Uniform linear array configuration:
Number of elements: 4
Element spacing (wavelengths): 0.5
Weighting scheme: blackman
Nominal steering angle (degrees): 45
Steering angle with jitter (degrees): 43.604
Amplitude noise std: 0.05
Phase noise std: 0.05

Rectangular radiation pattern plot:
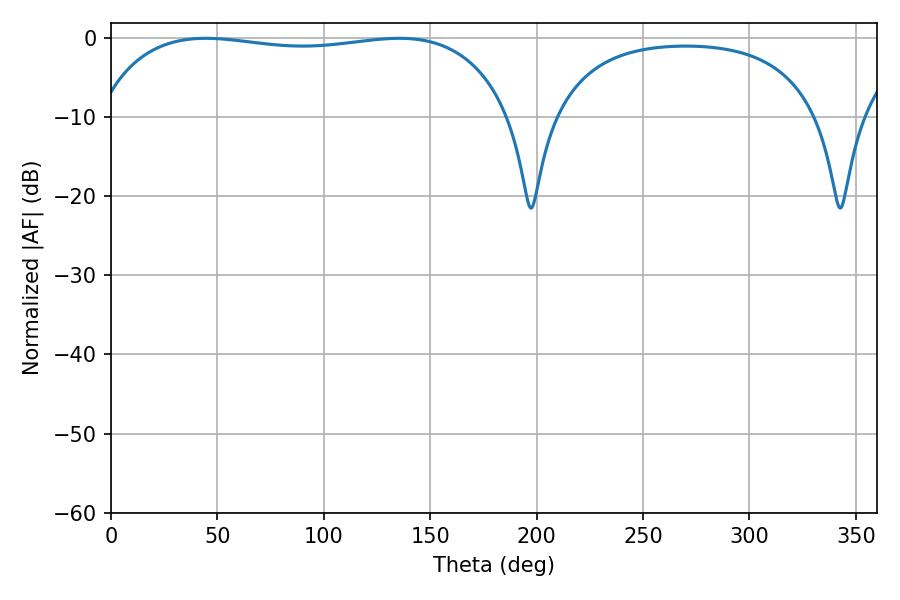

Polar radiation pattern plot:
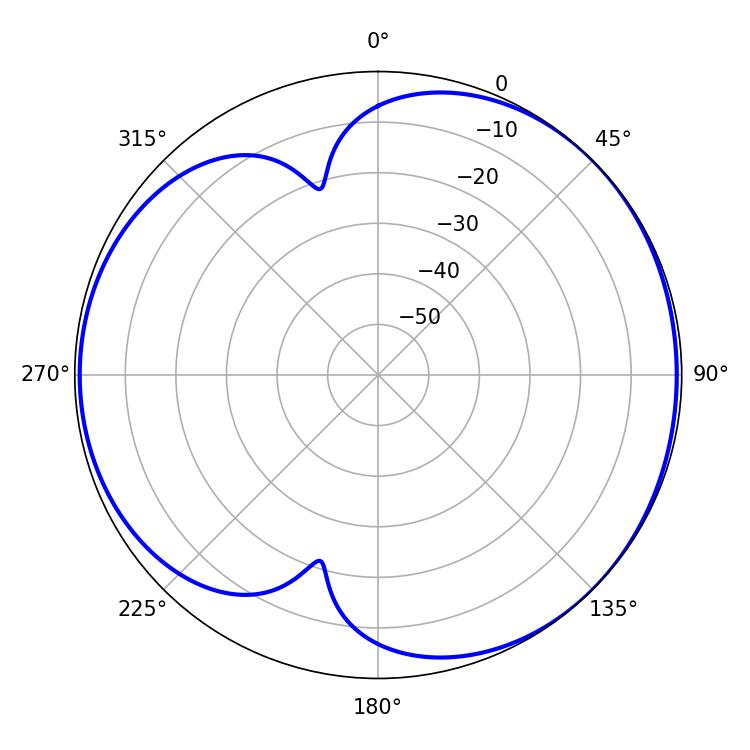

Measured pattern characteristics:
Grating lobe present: FALSE
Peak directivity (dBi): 4.465
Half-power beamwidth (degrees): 156.96
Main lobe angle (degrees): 44.64